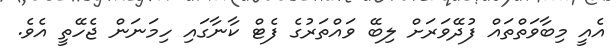
އެއީ މިބާވަތްތައް ފުދޭވަރަށް ލިބޭ ވައްތަރުގެ ފެޓް ކާނާގައި ހިމަނަން ޖެހޭތީ އެވެ.